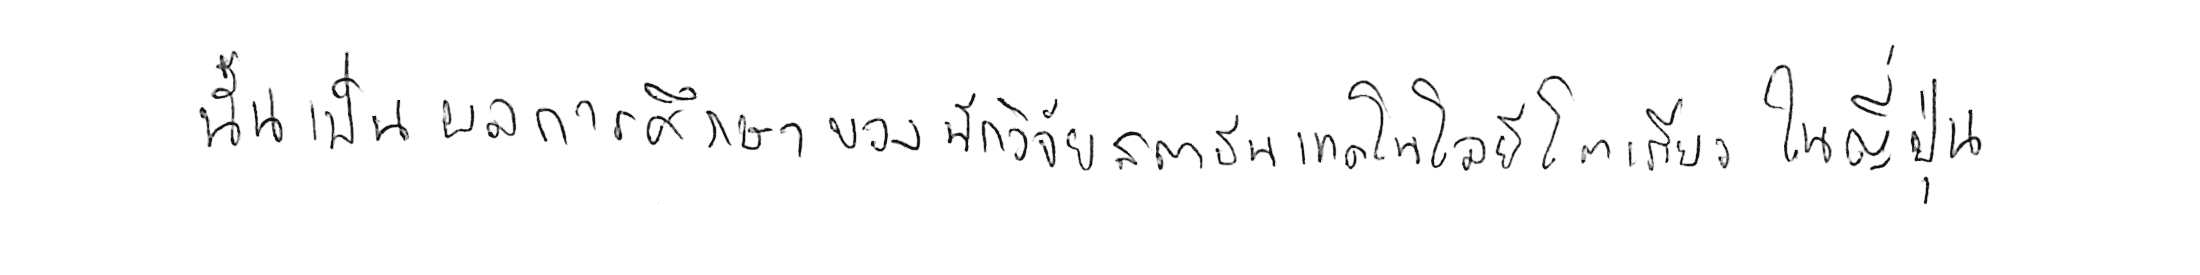
นั่นเป็นผลการศึกษาของนักวิจัยสถาบันเทคโนโลยีโตเกียว ในญี่ปุ่น